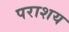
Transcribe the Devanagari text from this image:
पराशय